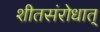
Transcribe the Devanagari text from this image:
शीतसंरोधात्